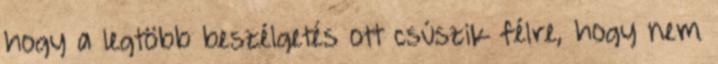
hogy a legtöbb beszélgetés ott csúszik félre, hogy nem